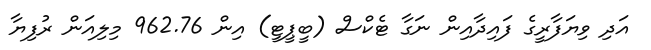
އަދި ވިޔަފާރީގެ ފައިދާއިން ނަގާ ޓެކްސް (ބީޕީޓީ) އިން 962.76 މިލިއަން ރުފިޔާ